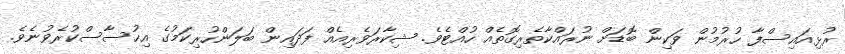
ރުޅިއައިސްފާ ހުރުމުން ވަކިން ބޮޑަށް ނުރައްކާތެރިގޮތެއް ހުއްޓެވެ. ޝިކާރަވެރިއެއް ފަދައިން ބަލަންހުރިކަމުގެ އިހުސާސްކުރެވުނެވެ.